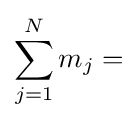
\sum _{j=1}^{N}m_{j}=